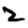
Digit: 2